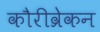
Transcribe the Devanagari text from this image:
कौरीव्रेकन